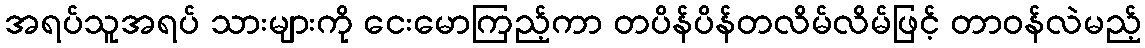
အရပ်သူအရပ် သားများကို ငေးမောကြည့်ကာ တပိန်ပိန်တလိမ်လိမ်ဖြင့် တာဝန်လဲမည့်